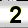
Digit: 2